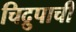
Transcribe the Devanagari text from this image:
चिद्रुपाची